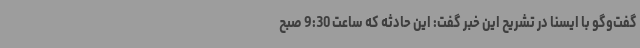
گفت‌وگو با ایسنا در تشریح این خبر گفت: این حادثه که ساعت 9:30 صبح